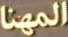
المهنا